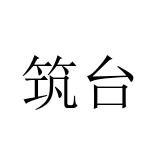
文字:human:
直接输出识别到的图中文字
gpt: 筑台